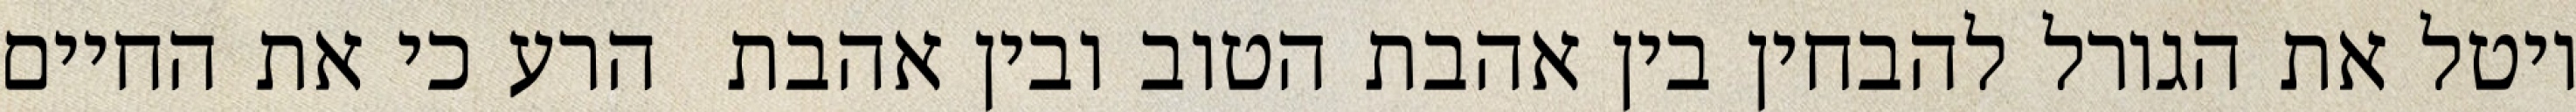
יוטל את הגורל להבחין בין אהבת הטוב ובין אהבת  הרע כי את החיים